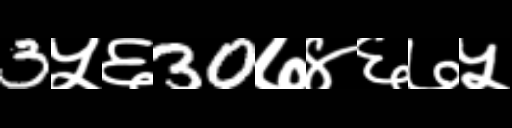
Text: 3५६30७४६७५